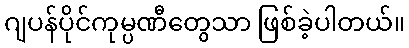
ဂျပန်ပိုင်ကုမ္ပဏီတွေသာ ဖြစ်ခဲ့ပါတယ်။